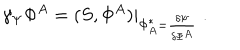
\gamma _ { \Psi } \Phi ^ { A } = ( S , \Phi ^ { A } ) | _ { \Phi _ { A } ^ { * } = \frac { \delta \Psi } { \delta \Phi ^ { A } } } \mathrm { ~ . }